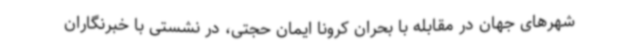
شهرهای جهان در مقابله با بحران کرونا ایمان حجتی، در نشستی با خبرنگاران